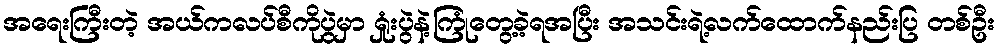
အရေးကြီးတဲ့ အယ်ကလပ်စီကိုပွဲမှာ ရှုံးပွဲနဲ့ကြုံတွေ့ခဲ့ရအပြီး အသင်းရဲ့လက်ထောက်နည်းပြ တစ်ဦး